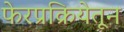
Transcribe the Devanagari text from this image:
फेरप्रक्रियेतून